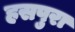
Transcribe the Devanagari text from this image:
हसपुरा